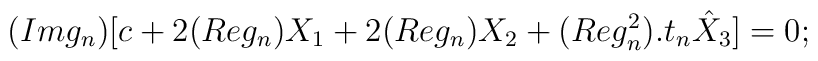
(Img_n)[c+2(Re g_n)X_1+2(Reg_n)X_2+(Reg_n^2).t_n\hat{X}_3]=0;